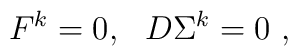
F^k=0,~~D\Sigma^k=0\ ,